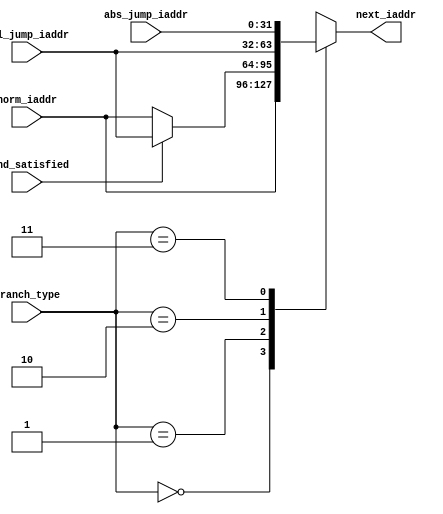
module next_iaddr_mux (
    input [1:0] branch_type,
    input cond_satisfied,
    input [31:0] norm_iaddr,
    input [31:0] rel_jump_iaddr,
    input [31:0] abs_jump_iaddr,
    output [31:0] next_iaddr
);

    reg [31:0] next_iaddr;
    
    always @(*) begin
        
        case (branch_type)
            2'b00: next_iaddr = norm_iaddr;                                     // if non-branching instruction, then PC + 4.
            2'b01: next_iaddr = (cond_satisfied) ? rel_jump_iaddr : norm_iaddr; /* if conditional-branching, then choose between PC + Imm and PC + 4 based on whether condition is satified or not */
            2'b10: next_iaddr = rel_jump_iaddr;                                 // for JAL, choose PC + Imm.
            2'b11: next_iaddr = abs_jump_iaddr;                                 // for JALR.
        endcase

    end

endmodule